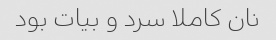
نان کاملا سرد و بیات بود